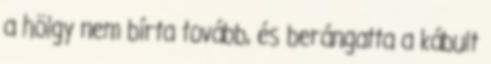
a hölgy nem bírta tovább, és berángatta a kábult